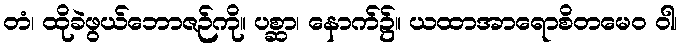
တံ၊ ထိုခဲဖွယ်ဘောဇဉ်ကို။ ပစ္ဆာ၊ နောက်၌။ ယထာအာရောစိတမေဝ ဝါ၊